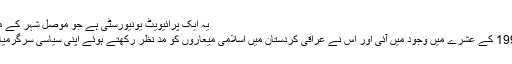
یہ ایک پرائیویٹ یونیورسٹی ہے جو موصل شہر کے مرکز میں واق ...
کردستان میں 1990 کے عشرے میں وجود میں آئی اور اس نے عراقی کردستان میں اسلامی میعاروں کو مد نظر رکھتے ہوئے اپنی سیاسی سرگرمیاں شروع کر دیں۔